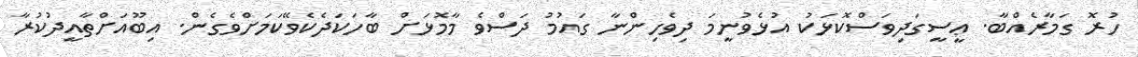
ހުރޮ ގަމާރެއްބާ. ޢީސީގަދިވަސްކޮޅަކު އުޅެވުނީމަ ދިވެހިންނާ ގައުމު ދަސްވެ މާމޮޅަށް ބާހަކަދެކެވޭކަމަށްވެގެން. އިބޫއަށްތާއީދުކުރާ